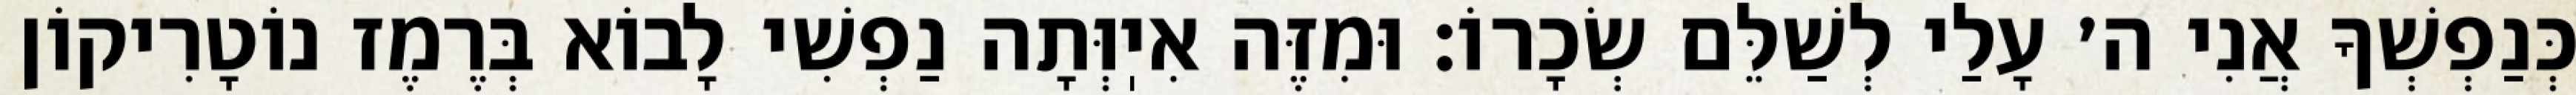
כְּנַפְשְׁךָ אֲנִי ה׳ עָלַי לְשַׁלֵּם שְׂכָרוֹ: וּמִזֶּה אִיֽוְּתָה נַפְשִׁי לָבוֹא בְּרֶמֶז נוֹטָרִיקוֹן